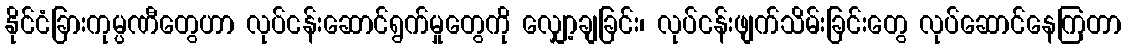
နိုင်ငံခြားကုမ္ပဏီတွေဟာ လုပ်ငန်းဆောင်ရွက်မှုတွေကို လျှော့ချခြင်း၊ လုပ်ငန်းဖျက်သိမ်းခြင်းတွေ လုပ်ဆောင်နေကြတာ